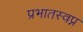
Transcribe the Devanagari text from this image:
प्रभातस्वप्न